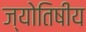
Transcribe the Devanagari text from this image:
ज्‍योतिषीय